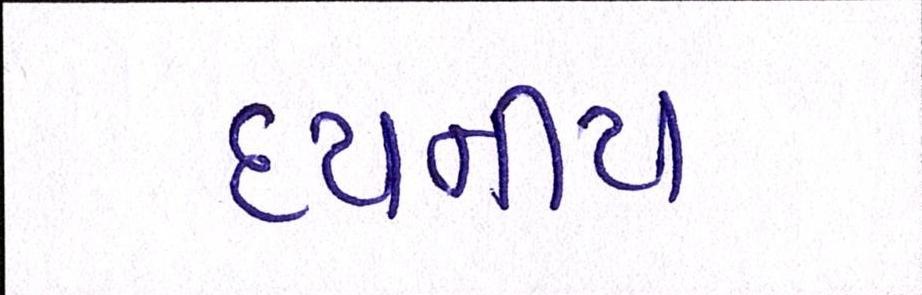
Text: દયનીય